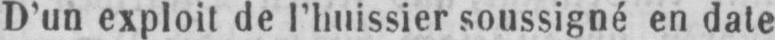
D’un exploit de l’huissier soussigné en date